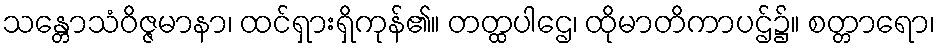
သန္တောသံဝိဇ္ဇမာနာ၊ ထင်ရှားရှိကုန်၏။ တတ္ထပါဌေ၊ ထိုမာတိကာပဌ်၌။ စတ္တာရော၊